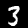
Digit: 3